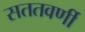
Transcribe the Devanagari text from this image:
सततवर्णी